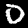
Digit: 0